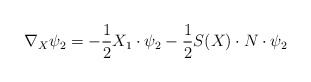
\begin{align*}\nabla_X\psi_2=-\frac{1}{2}X_1\cdot\psi_2-\frac{1}{2}S(X)\cdot N\cdot\psi_2\end{align*}